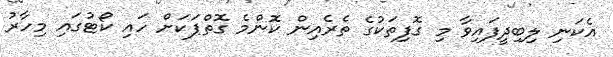
އެކަނި ލިބިދީފައިވާ މި ގޮފިތަކުގެ ތެރެއިން ކޮންމެ ގޮތްޕަކަށް ހައި ކޯޓުގައި މިހާރު